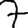
Digit: 7